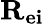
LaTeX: {\mathbf{R_{ei}}}